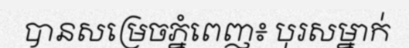
បានសម្រេចភ្នំពេញ៖ បុរសម្នាក់